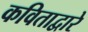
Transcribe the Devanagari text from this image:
कविताद्वारे